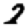
Digit: 2